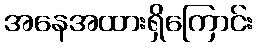
အနေအထားရှိကြောင်း